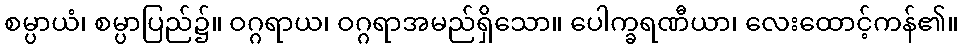
စမ္ပာယံ၊ စမ္ပာပြည်၌။ ဝဂ္ဂရာယ၊ ဝဂ္ဂရာအမည်ရှိသော။ ပေါက္ခရဏီယာ၊ လေးထောင့်ကန်၏။